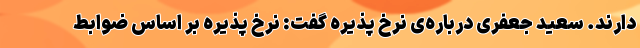
دارند. سعید جعفری درباره‌ی نرخ پذیره گفت: نرخ پذیره بر اساس ضوابط